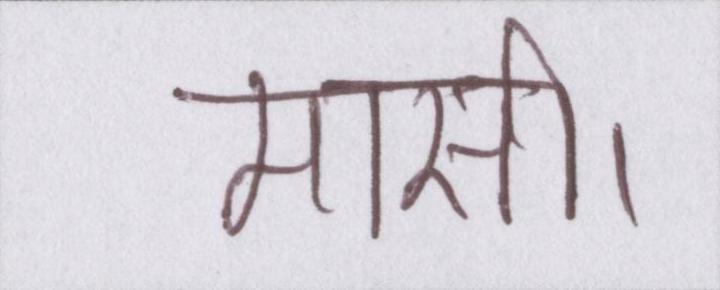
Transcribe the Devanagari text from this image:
मासी।